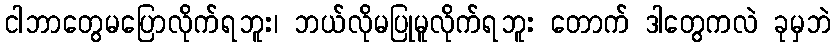
ငါဘာတွေမပြောလိုက်ရဘူး၊ ဘယ်လိုမပြုမူလိုက်ရဘူး တောက် ဒါတွေကလဲ ခုမှဘဲ